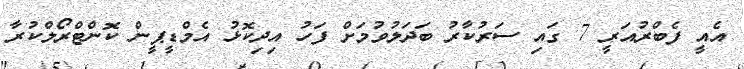
އެއީ ފެބްރުއަރީ 7 ގައި ސަރުކާރު ބަދަލުވުމަށް ފަހު އިދިކޮޅު އެމްޑީޕީން ކޮންޓްރޯލްކުރާ